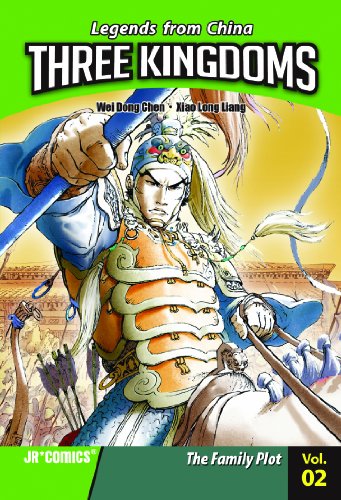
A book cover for Three Kingdoms Volume 02: The Family Plot; Wei Dong Chen; Teen & Young Adult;